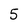
Character: 5